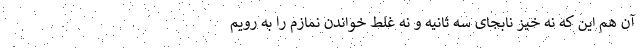
آن هم این که نه خیز نابجای سه ثانیه و نه غلط خواندن نمازم را به رویم